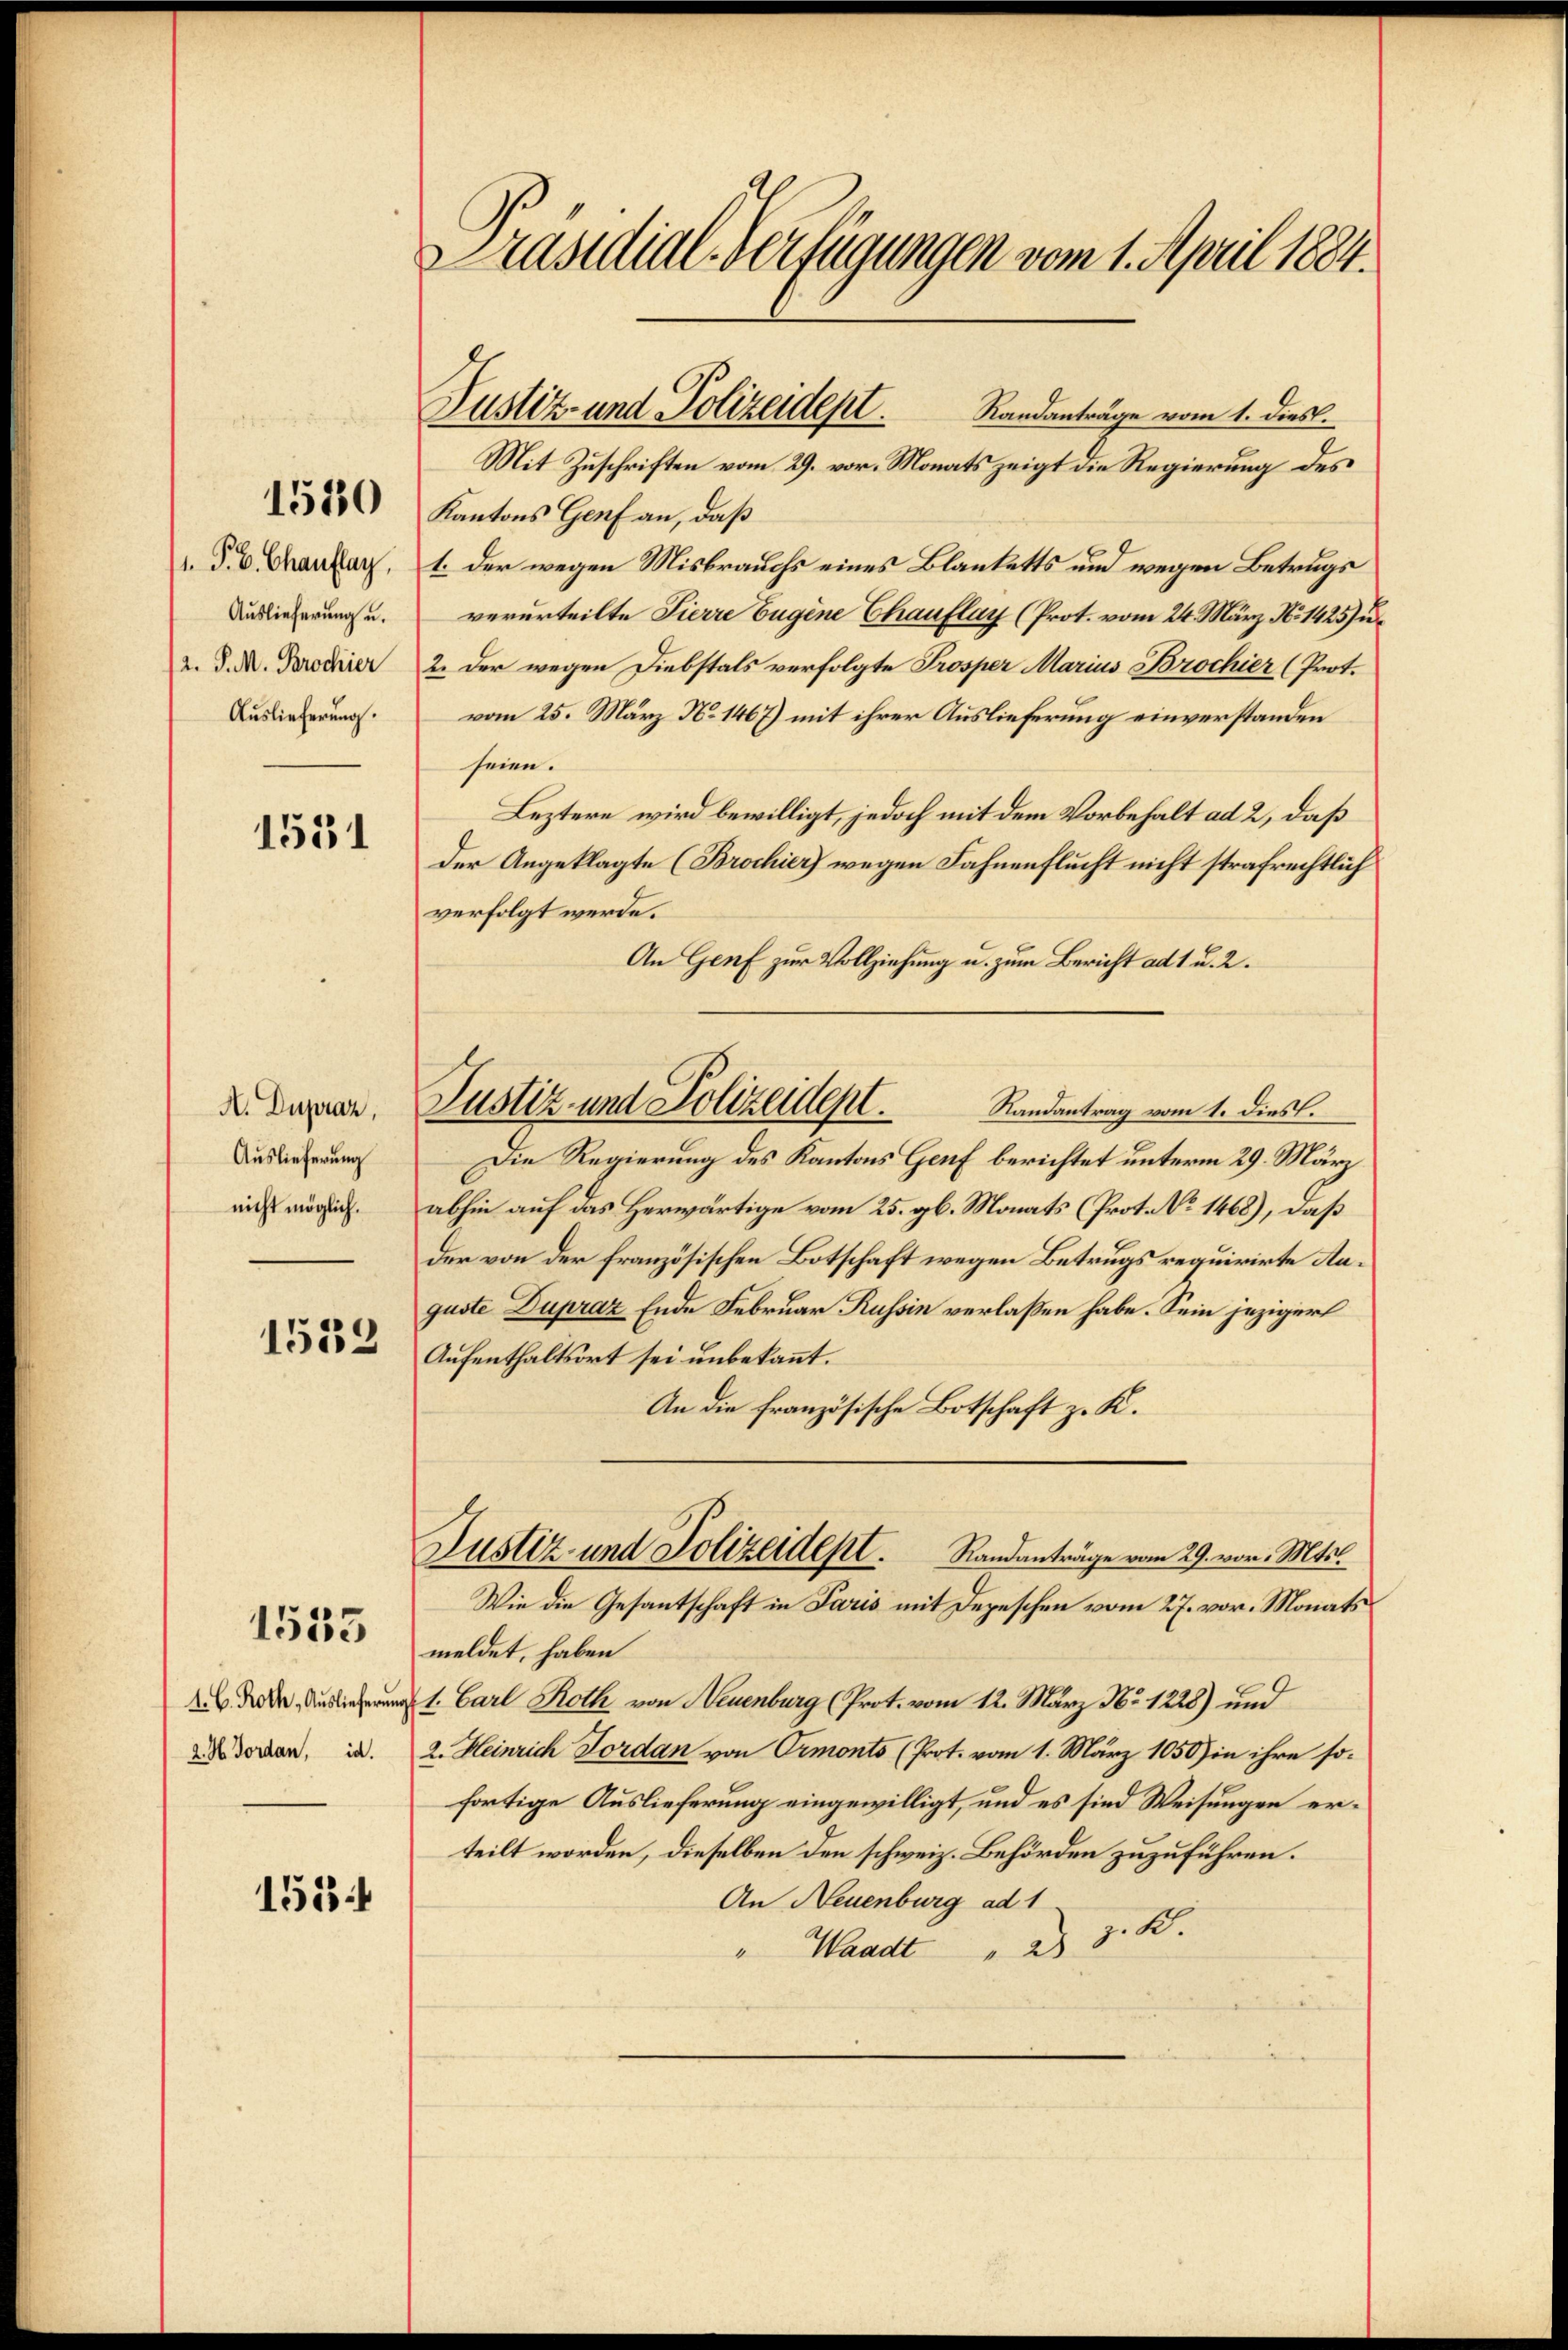
1. P. C. Chauflag
Auslieferung u.
2. P. M. Brochier
Auslieferung.

1530

1531

A. Dupraz,
Auslieferung
nicht möglich.

1532

4. C. Roth, Auslieferung
2. H. Jordan, d.

1553

155

Präsidial-Verfügungen vom 1. April 1884.

Randanträge vom 1. dies.
Mit Zuschriften vom 29. vor. Monats zeigt die Regierung des
Kantons Genf an, daß
1. Der wegen Misbrauchs eines Blanketts und wegen Betrugs
verurteilte Pierre Eugene Chauflay (Prot. vom 24. März. No 1425) u.
2. Der wegen Diebstals verfolgte Prosper Marius Brochier (Prot.
vom 25. März N. 1467) mit ihrer Auslieferung einverstanden
seine.
Leztere wird bewilligt, jedoch mit dem Vorbehalt ad 2, daß
der Angeklagte (Brochier wegen Fahnenflucht nicht strafrechtlich
verfolgt werde.
An Genf zur Vollziehung u. zum Bericht ad 1 u. 2.
Die Regierung des Kantons Genf berichtet unterm 29. März
abhin auf das Herwärtige vom 25. gl. Monats (Prot. No 1468), daß
der von der französischen Botschaft wegen Betrugs requirirte Anguste Dupraz Ende Februar Russin verlaßen habe. Sein jeziger
Aufenthaltsort sei unbekannt.
An die französische Botschaft z. K.
Justiz- und Polizeidept.
Randanträge vom 29. vor. Mts.
Wie die Gesantschaft in Paris mit Depeschen vom 27. vor. Monats
meldet, haben
1. Carl Roth von Neuenburg (Prot. vom 12. März No. 1228) und
2. Heinrich Jordan von Ormonts (Prot. vom 1. März 1858 in ihre sofortige Auslieferung eingewilligt, und es sind Weisungen erteilt worden, dieselben den schweiz. Behörden zuzuführen.
An Neuenburg ad 1
z.10
" Waadt " 2

Justiz- und Polizeidept.

Justiz- und Polizeidept. Randantrag vom 1. Diess.